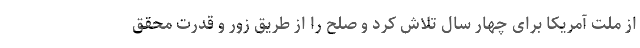
از ملت آمریکا برای چهار سال تلاش کرد و صلح را از طریق زور و قدرت محقق